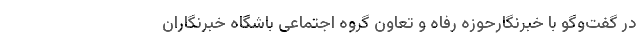
در گفت‌وگو با خبرنگارحوزه رفاه و تعاون گروه اجتماعی باشگاه خبرنگاران